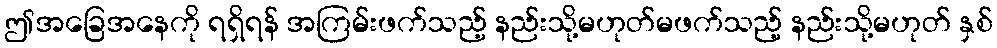
ဤအခြေအနေကို ရရှိရန် အကြမ်းဖက်သည့် နည်းသို့မဟုတ်မဖက်သည့် နည်းသို့မဟုတ် နှစ်